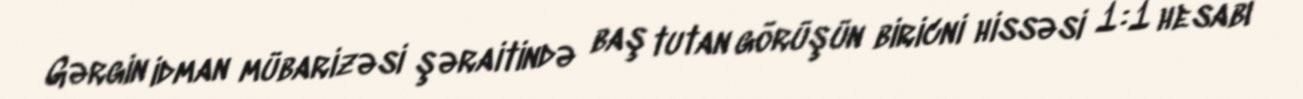
Gərgin idman mübarizəsi şəraitində baş tutan görüşün biricni hissəsi 1:1 hesabı